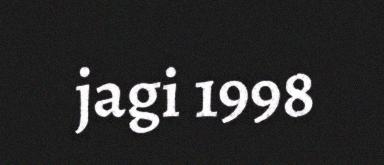
jagi 1998